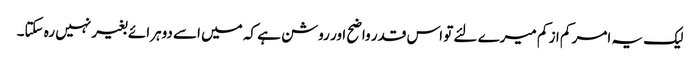
لیک یہ امر کم از کم میرے لئے تو اس قدر واضح اور روشن ہے کہ میں اسے دوہرائے بغیر نہیں رہ سکتا۔